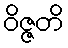
ဝိဇ္ဇတိ